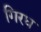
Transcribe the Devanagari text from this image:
गिरध